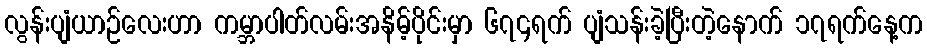
လွန်းပျံယာဉ်လေးဟာ ကမ္ဘာပါတ်လမ်းအနိမ့်ပိုင်းမှာ ၆၇၄ရက် ပျံသန်းခဲ့ပြီးတဲ့နောက် ၁၇ရက်နေ့က